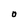
Character: 0